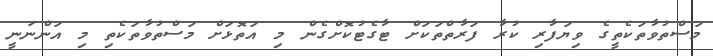
މަސްތުވާތަކެތީގެ ވިޔަފާރި ކުރާ ފަރާތްތަކަށް ޓާގެޓުކޮށްގެން މި އަތޮޅަށް މަސްތުވާތަކެތި މި އަންނަނީ